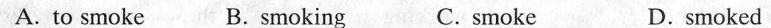
A. to smoke B. smoking C. smoke D.smoked